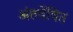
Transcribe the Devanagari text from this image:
अंतर्वेषित